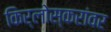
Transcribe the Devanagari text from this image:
किर्लोस्करांवर